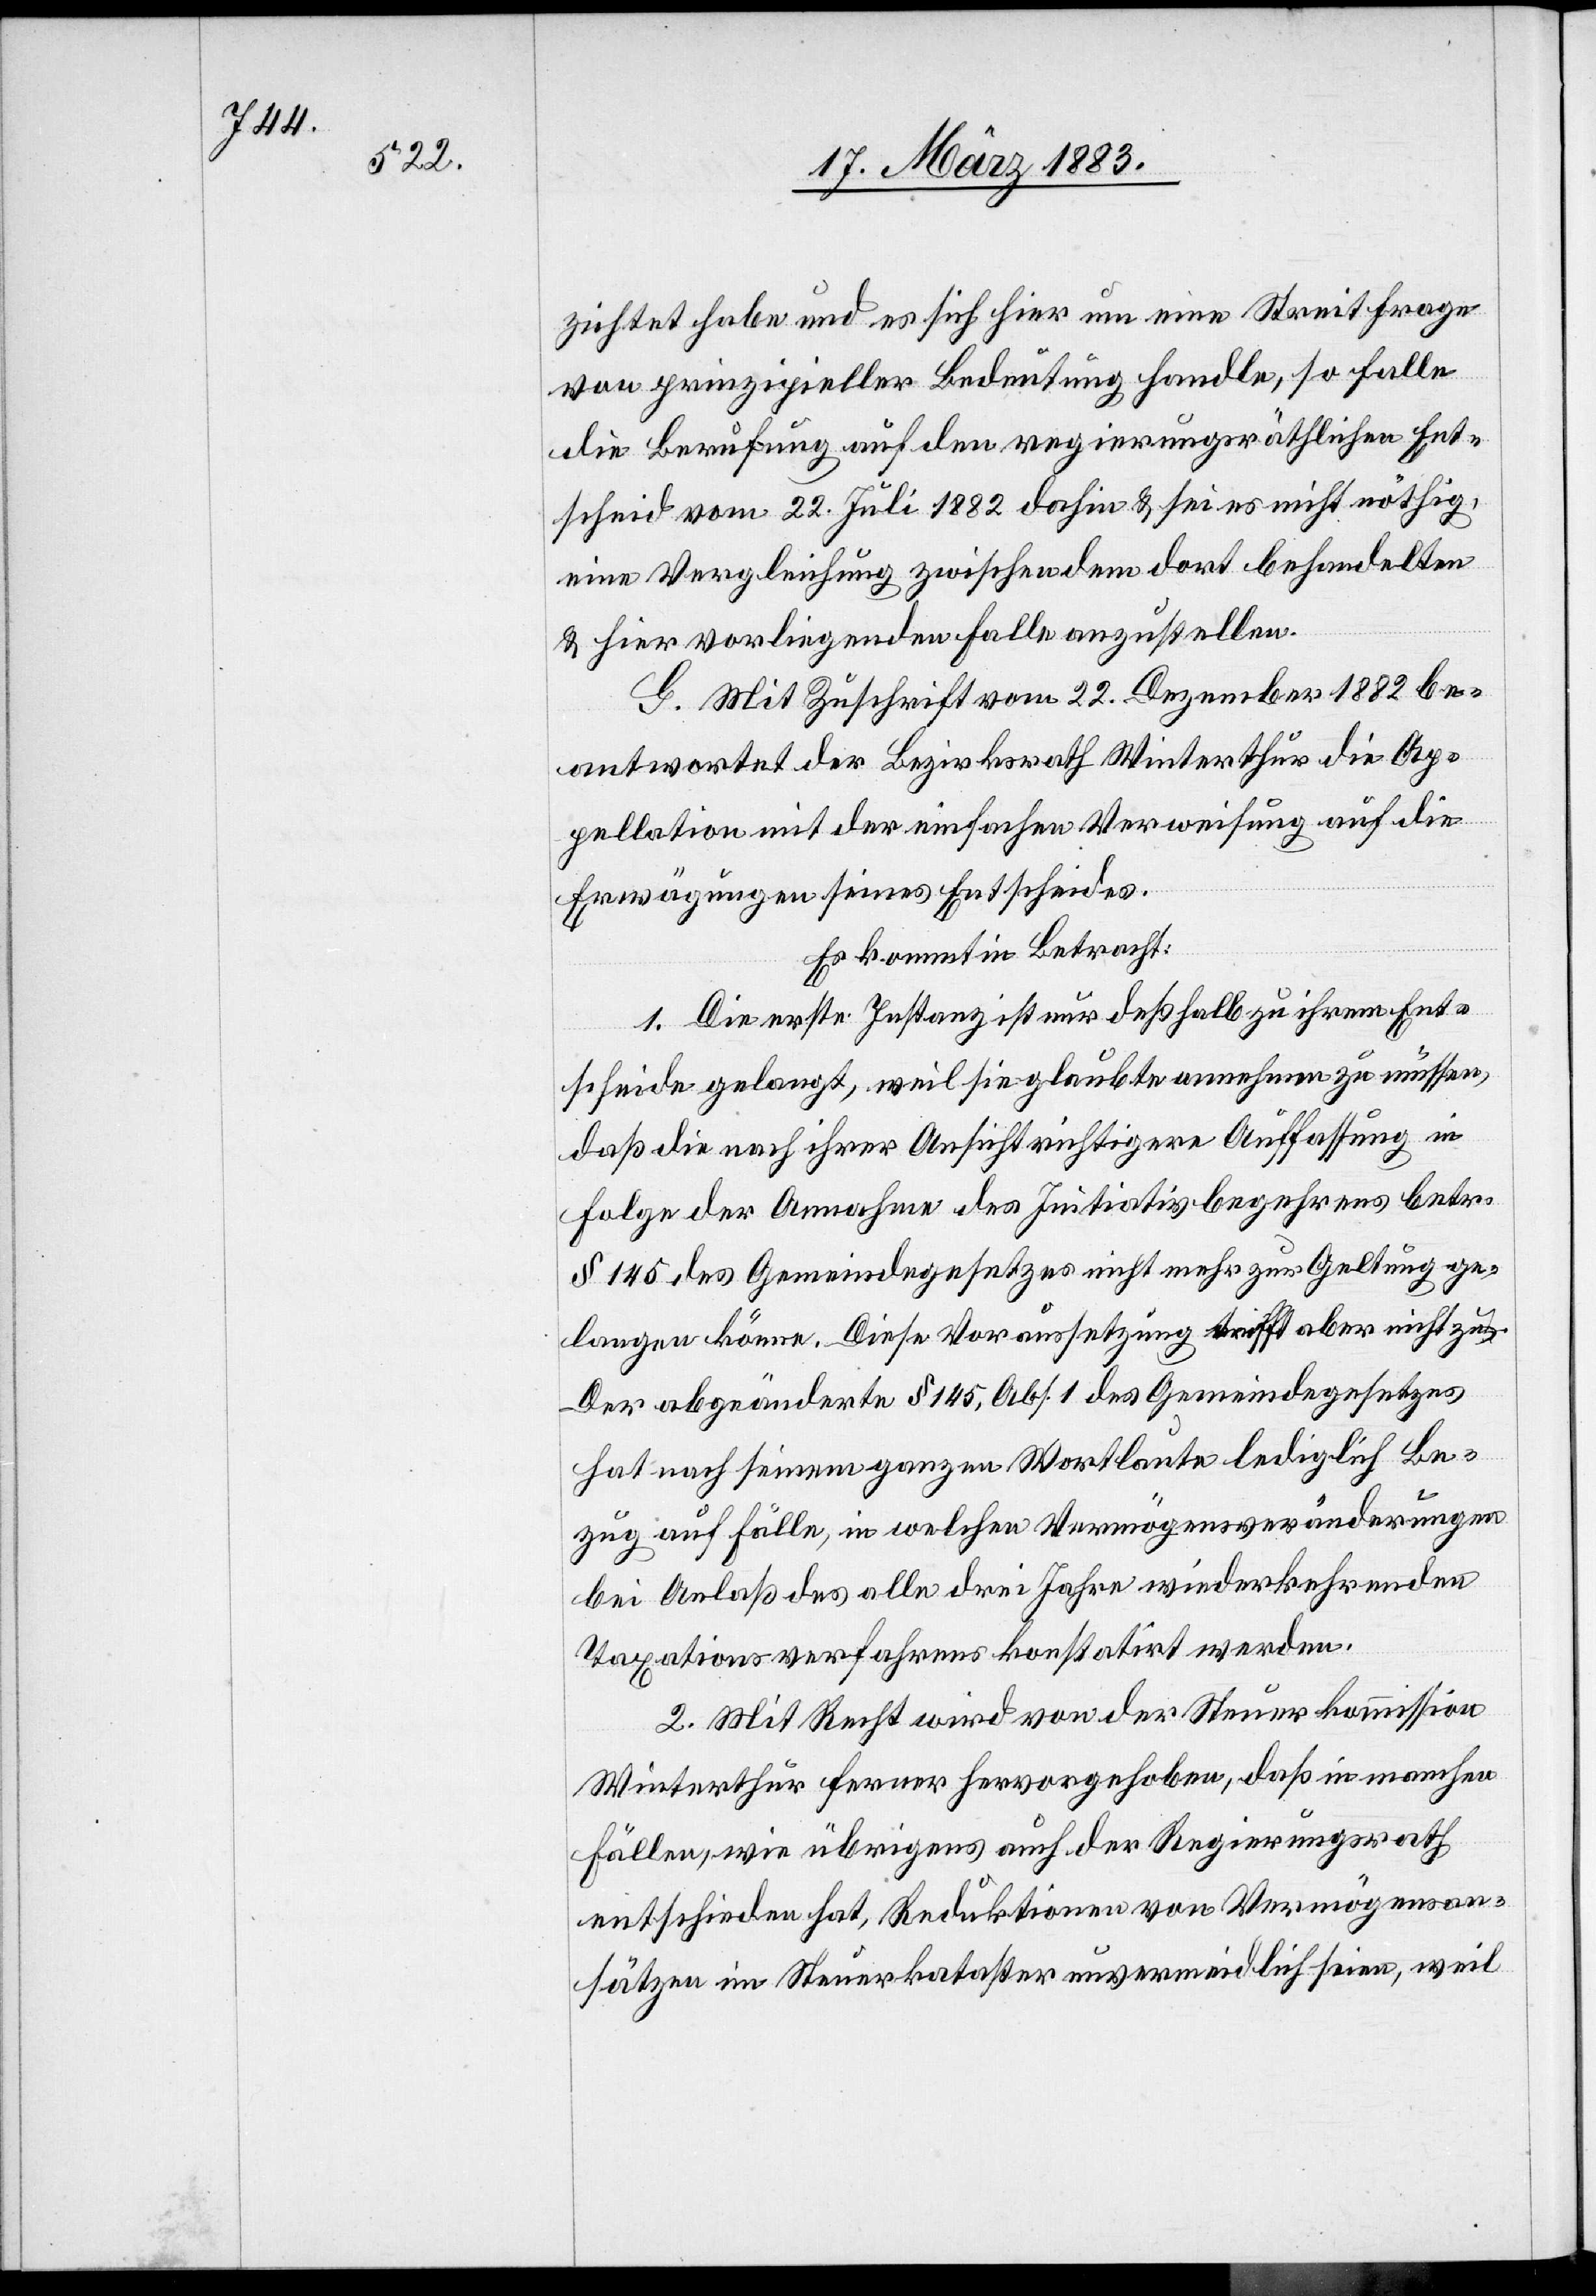
14.

Gemeinde